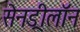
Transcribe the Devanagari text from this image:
सेनड्रीलॉन